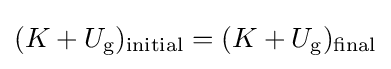
(K+U_{\text{g}})_{\text{initial}}=(K+U_{\text{g}})_{\text{final}}